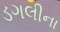
ડગલીના